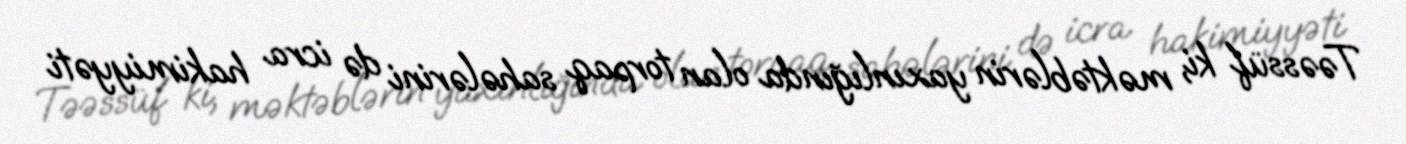
Təəssüf ki, məktəblərin yaxınlığında olan torpaq sahələrini də icra hakimiyyəti